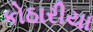
કોઠારીયા